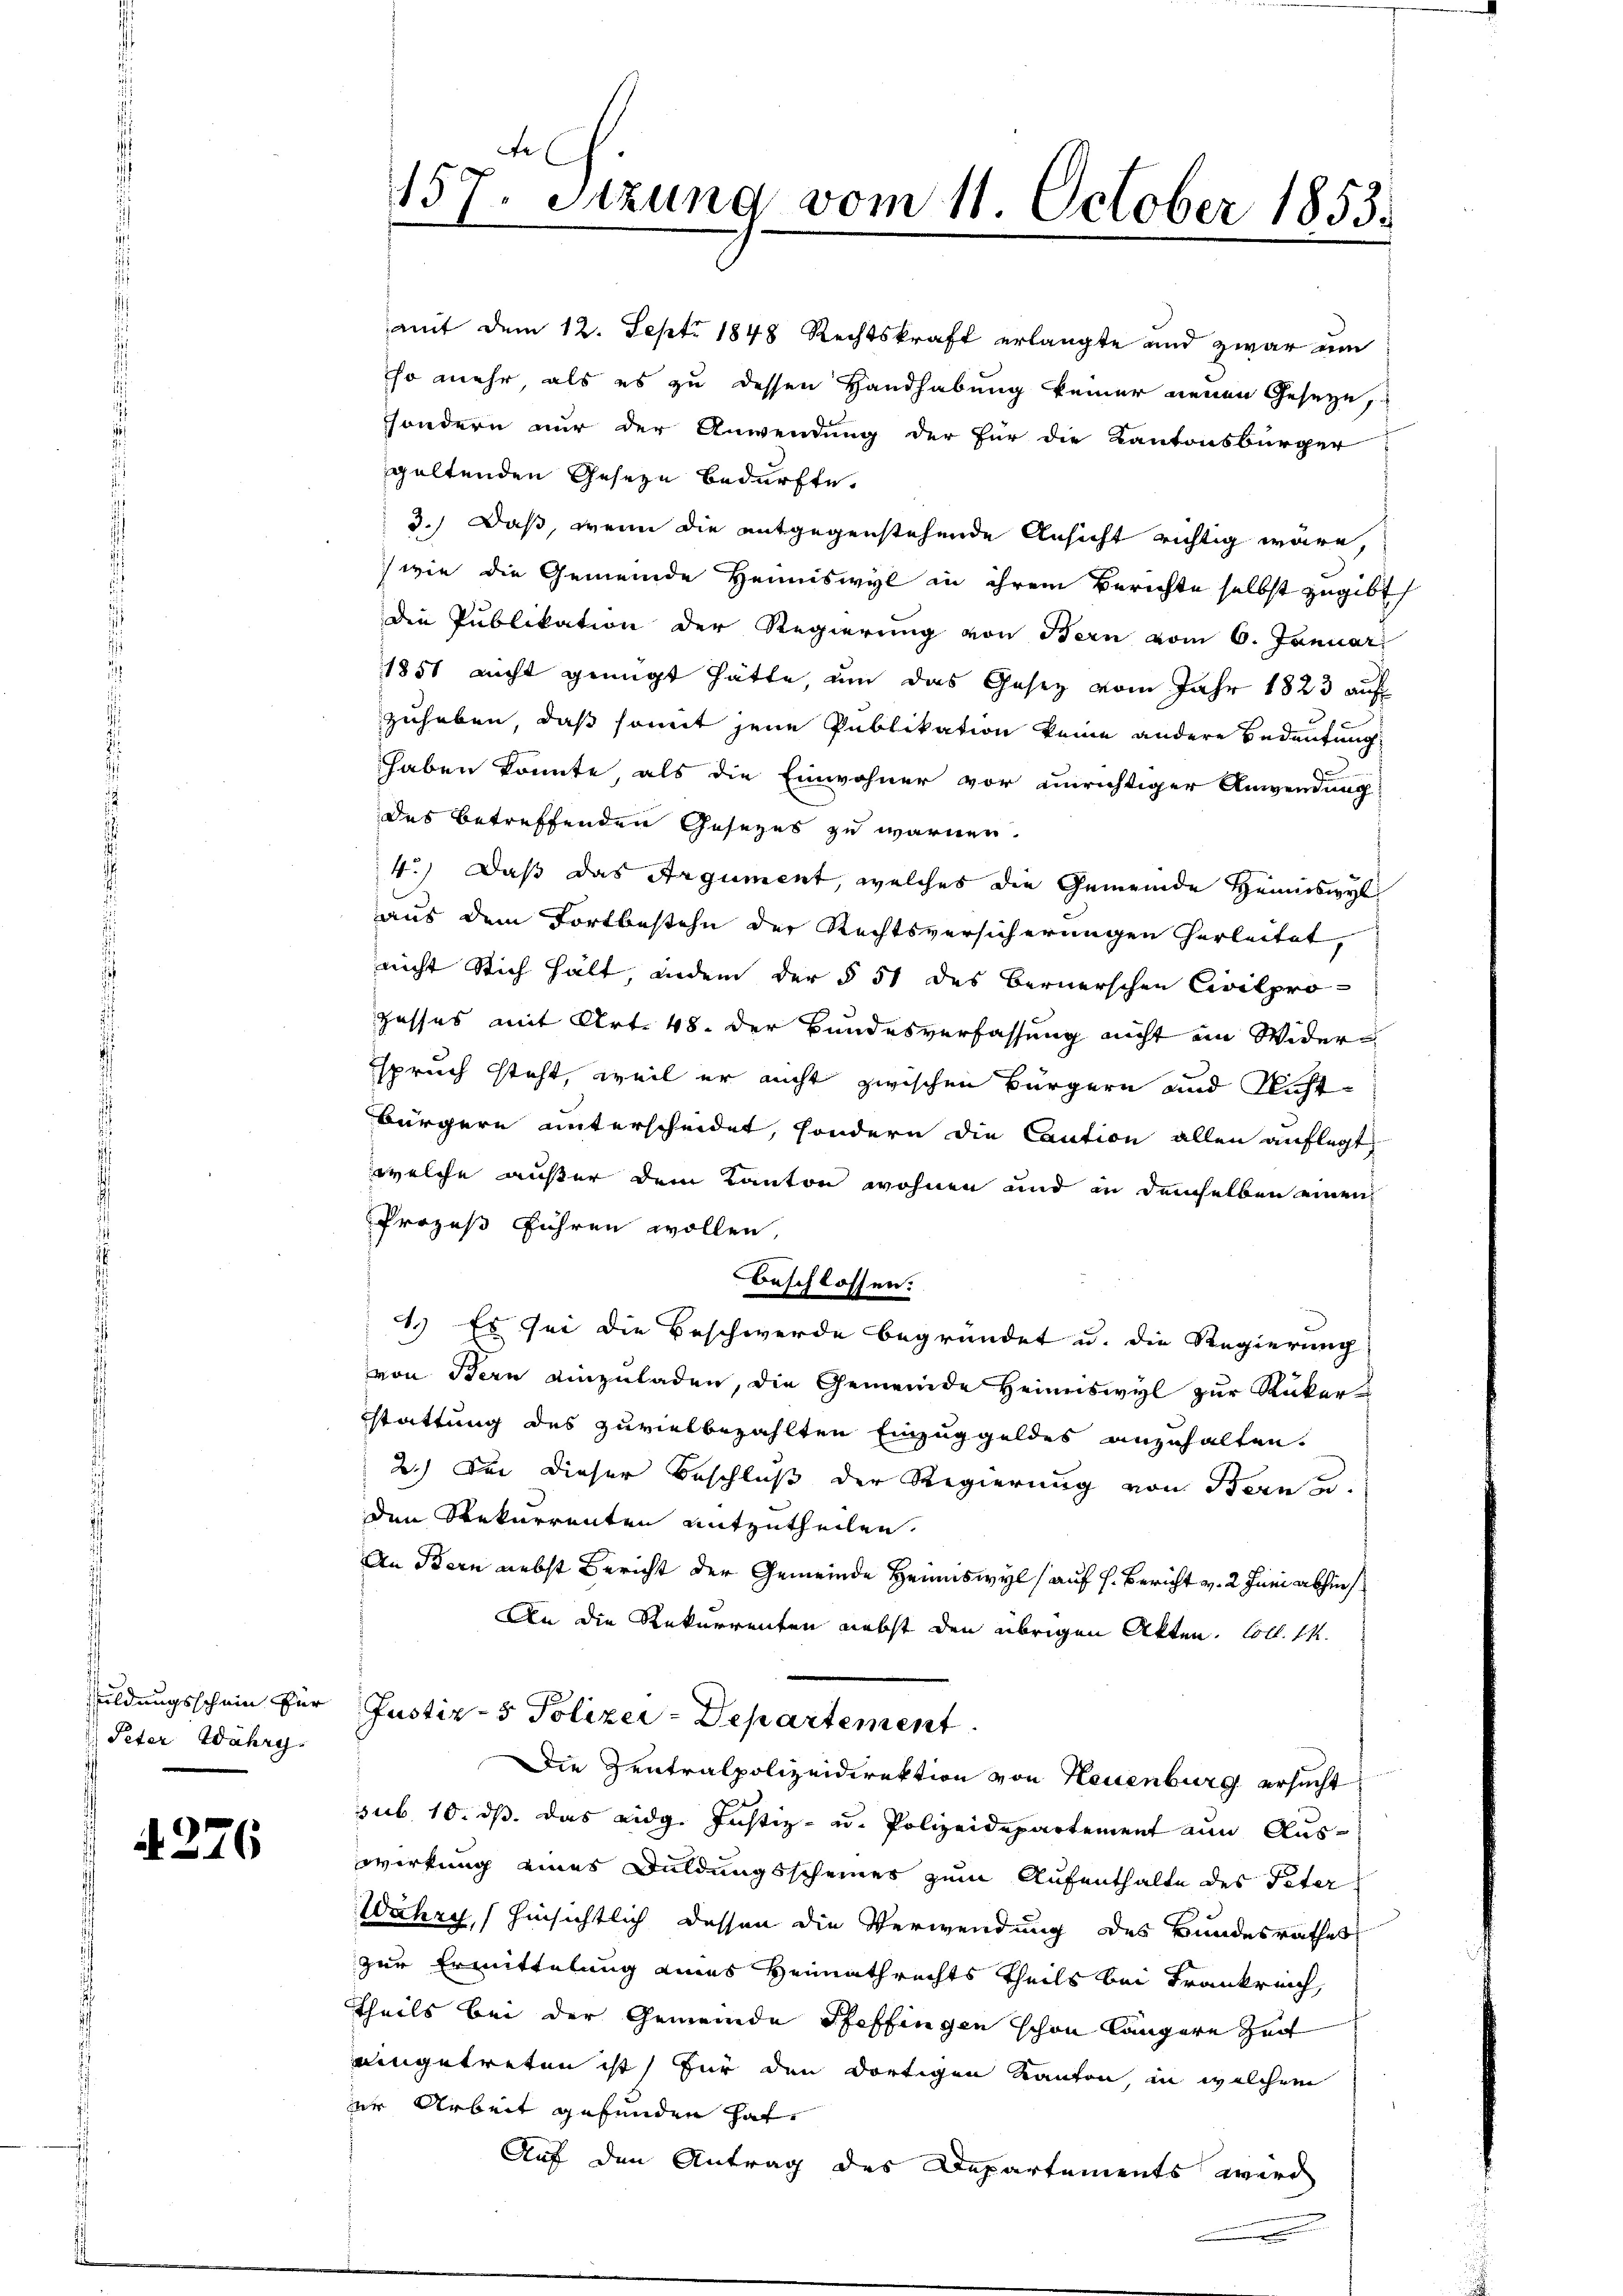
uldungsschein für
Peter Währe

4. 276.

e
157. Sitzung vom 11. October 1853.

mit dem 12. Septi 1848 Rechtskraft erlangte und zwar um
so mehr, als es zu dessen Handhabung keiner neuen Geseze,
ssondern nur der Anwendung der für die Kantonsbürger
galtenden Geseze bedurfte.
3.) Daß, wenn die entgegenstehende Ansicht richtig wäre,
wie die Gemeinde Heimiswyl in ihrem Berichte selbst zugibt
die Publikation der Regierung von Bern vom 6. Januar
1851 nicht genügt hätte, um das Gesez vom Jahr 1823 auf
zuheben, daß somit jene Publikation keine andere Bedeutung
haben konnte, als die Einwohner vor einrichtiger Anwendung
das betreffenden Gesezes zu warmen.
4.) Daß das Argument, welches die Gemeinde Heimswyl
aus dem Fortbestehe der Rechtsversicherungen herleitet,
nicht Stich hält, indem der § 51 des Bernerschen Civilpro
zesses mit Art. 48. Der Bundesverfassung nicht ein Widerspruch steht, weil er nicht zwischen Bürgern und Nicht¬
Bürgern unterscheidet, sondern die Caution allen auflegt,
welche außer dem Kanton wohnen und in demselben einen
Prozeß führen wollen,
1.) Es sei die Beschwerde begründet u. die Regierung
von Bern einzuladen, die Gemeinde Heimiswyl zur Rükerstattung des zuvielbezahlten Einzuggeldes anzuhalten.
2.) Sei dieser Beschluß der Regierung von Bern u.
den Rekurrenten mitzutheilen.
An Bern nebst Bericht der Gemeinde Heimswyl (auf h. Bericht v. 2. Juni abhin
An die Rekurrenten nebst den übrigen Akten. Coll. 14.
Justiz- & Polizei-Departement
Die Zentralpolizeidirektion von Neuenburg ersucht
sub 10. ds. das eidg. Justiz- u. Polizeidepartement nun Auswirkung eines Duldungsscheiner zum Aufenthalte des Peter
Wahre, hinsichtlich dessen die Verwendung des Bundesrathes
zur Ermittelung eines Heimathrechts Theils bei Frankreich,
Theils bei der Gemeinde Pfeffingen schon längere Zeit
aingetreten ist, für den dortigen Kanton, in welchem
er Arbeit gefunden hat.
Auf den Antrag des Departements wird

Beschlossen: